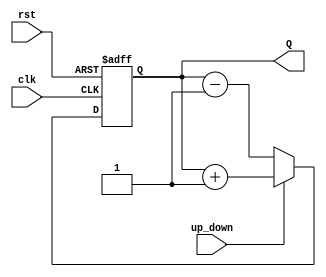
module up_down_counter #(
    parameter N = 4  // Parameter for the bit-width of the counter
)(
    input wire clk,          // Clock input
    input wire rst,          // Asynchronous reset input
    input wire up_down,      // Control signal for counting direction
    output reg [N-1:0] Q     // Counter output
);

// Asynchronous reset and counting logic
always @(posedge clk or posedge rst) begin
    if (rst) begin
        Q <= 0;  // Reset counter to 0
    end else begin
        if (up_down) begin
            Q <= Q + 1;  // Increment counter
        end else begin
            Q <= Q - 1;  // Decrement counter
        end
    end
end

endmodule